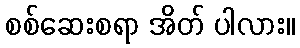
စစ်ဆေးစရာ အိတ် ပါလား။